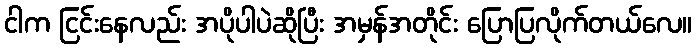
ငါက ငြင်းနေလည်း အပိုပါပဲဆိုပြီး အမှန်အတိုင်း ပြောပြလိုက်တယ်လေ။